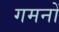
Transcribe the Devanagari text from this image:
गमनों